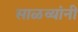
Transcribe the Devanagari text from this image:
साळव्यांनी